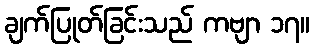
ချက်ပြုတ်ခြင်းသည် ကဗျာ ၁၇။